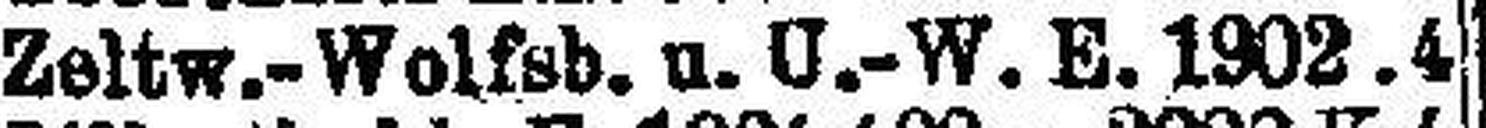
Zeltw.-Wolfsb. u. U.-W. E. 1902. 4